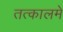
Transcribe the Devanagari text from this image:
तत्कालमे